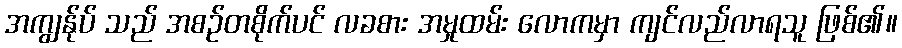
အကျွန်ုပ် သည် အစဉ်တစိုက်ပင် လခစား အမှုထမ်း လောကမှာ ကျင်လည်လာရသူ ဖြစ်၏။